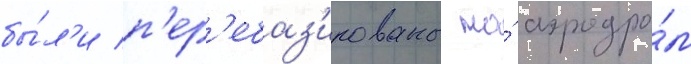
бы́л'и п'ер'ебаз'ированы на́ аэродро́м